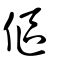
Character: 傴